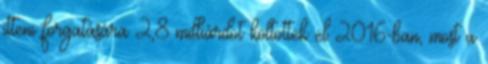
itteni forgatására 2,8 milliárdot költöttek el 2016-ban, most a